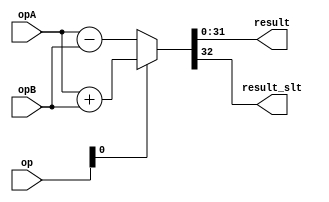
module addersub (
            opA, opB,
            op, 
            result,
            result_slt );

parameter WIDTH=32;


input [WIDTH-1:0] opA;
input [WIDTH-1:0] opB;
//input carry_in;
input [3-1:0] op;

output [WIDTH-1:0] result;
output result_slt;

wire carry_out;
wire [WIDTH:0] sum;

// Mux between sum, and slt
wire is_slt;
wire signext;
wire addsub;

assign is_slt=op[2];
assign signext=op[1];
assign addsub=op[0];

assign result=sum[WIDTH-1:0];
//assign result_slt[WIDTH-1:1]={31{1'b0}};
//assign result_slt[0]=sum[WIDTH];
assign result_slt=sum[WIDTH];



wire [WIDTH-1:0] oA;
wire [WIDTH-1:0] oB;
wire [WIDTH-1:0] o_B;
assign oA = {signext&opA[WIDTH-1],opA};
assign oB = {signext&opB[WIDTH-1],opB};
//assign o_B = ~{signext&opB[WIDTH-1],opB} + 1'b1;
/*
add_ahead32 aa0(
	.sum	(o_B),
	.cout	(),
	.a	(0),
	.b	(~{signext&opB[WIDTH-1],opB}),
	.cin	(1'b1)
);
add_ahead32 aa1(
	.sum	(sum),
	.cout	(),
	.a	(oA),
	.b	(oB),
	.cin	(0)
);

blocked_CLA_32bit bcla0(
	.sum		(o_B),
	.carryout	(),
	.A_in		(0),
	.B_in		(~{signext&opB[WIDTH-1],opB}),
	.carryin	(1'b1)
);
blocked_CLA_32bit bcla1(
	.sum		(sum),
	.carryout	(),
	.A_in		(oA),
	.B_in		(oB),
	.carryin	(0)
);*/
assign sum = (addsub == 1'b1) ? oA + oB : oA - oB;
/*
always @(*) begin
	if(addsub == 1'b1) begin
		sum = oA + oB;
	end else begin
		sum = oA + o_B;
	end
end
*/
/*
lpm_add_sub adder_inst(
    .dataa({signext&opA[WIDTH-1],opA}),
    .datab({signext&opB[WIDTH-1],opB}),
    .cin(~addsub),
    .add_sub(addsub),
    .result(sum)
        // synopsys translate_off
        ,
        .cout (),
        .clken (),
        .clock (),
        .overflow (),
        .aclr ()
        // synopsys translate_on
    );
defparam 
    adder_inst.lpm_width=WIDTH+1,
    adder_inst.lpm_representation="SIGNED";
*/
assign carry_out=sum[WIDTH];


endmodule